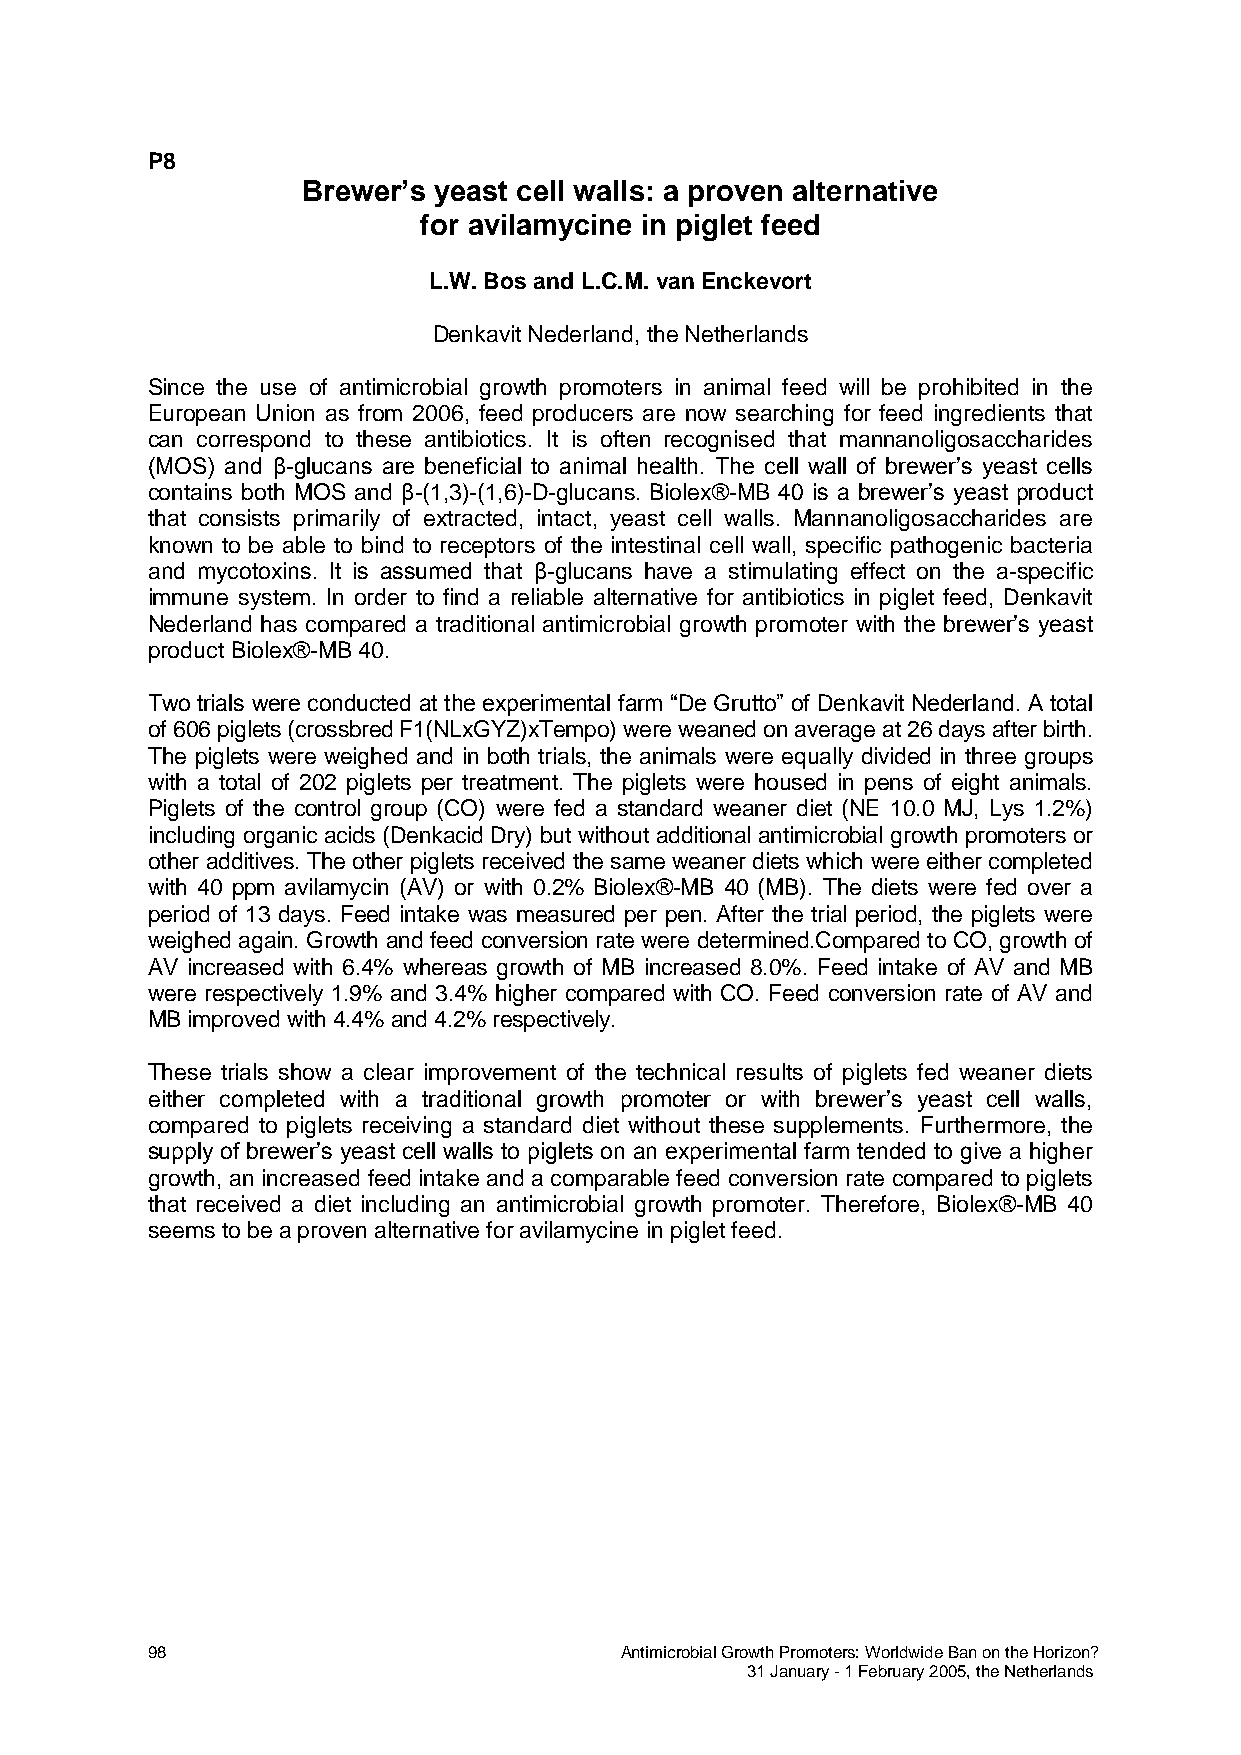
P8
 Brewer’s yeast cell walls: a proven alternative
 for avilamycine in piglet feed
 L.W. Bos and L.C.M. van Enckevort
 Denkavit Nederland, the Netherlands
 Since the use of antimicrobial growth promoters in animal feed will be prohibited in the
 European Union as from 2006, feed producers are now searching for feed ingredients that
 can correspond to these antibiotics. It is often recognised that mannanoligosaccharides
 (MOS) and β-glucans are beneficial to animal health. The cell wall of brewer’s yeast cells
 contains both MOS and β-(1,3)-(1,6)-D-glucans. Biolex®-MB 40 is a brewer’s yeast product
 that consists primarily of extracted, intact, yeast cell walls. Mannanoligosaccharides are
 known to be able to bind to receptors of the intestinal cell wall, specific pathogenic bacteria
 and mycotoxins. It is assumed that β-glucans have a stimulating effect on the a-specific
 immune system. In order to find a reliable alternative for antibiotics in piglet feed, Denkavit
 Nederland has compared a traditional antimicrobial growth promoter with the brewer’s yeast
 product Biolex®-MB 40.
 Two trials were conducted at the experimental farm “De Grutto” of Denkavit Nederland. A total
 of 606 piglets (crossbred F1(NLxGYZ)xTempo) were weaned on average at 26 days after birth.
 The piglets were weighed and in both trials, the animals were equally divided in three groups
 with a total of 202 piglets per treatment. The piglets were housed in pens of eight animals.
 Piglets of the control group (CO) were fed a standard weaner diet (NE 10.0 MJ, Lys 1.2%)
 including organic acids (Denkacid Dry) but without additional antimicrobial growth promoters or
 other additives. The other piglets received the same weaner diets which were either completed
 with 40 ppm avilamycin (AV) or with 0.2% Biolex®-MB 40 (MB). The diets were fed over a
 period of 13 days. Feed intake was measured per pen. After the trial period, the piglets were
 weighed again. Growth and feed conversion rate were determined.Compared to CO, growth of
 AV increased with 6.4% whereas growth of MB increased 8.0%. Feed intake of AV and MB
 were respectively 1.9% and 3.4% higher compared with CO. Feed conversion rate of AV and
 MB improved with 4.4% and 4.2% respectively.
 These trials show a clear improvement of the technical results of piglets fed weaner diets
 either completed with a traditional growth promoter or with brewer’s yeast cell walls,
 compared to piglets receiving a standard diet without these supplements. Furthermore, the
 supply of brewer’s yeast cell walls to piglets on an experimental farm tended to give a higher
 growth, an increased feed intake and a comparable feed conversion rate compared to piglets
 that received a diet including an antimicrobial growth promoter. Therefore, Biolex®-MB 40
 seems to be a proven alternative for avilamycine in piglet feed.
 98                             Antimicrobial Growth Promoters: Worldwide Ban on the Horizon?
 31 January - 1 February 2005, the Netherlands